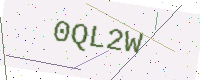
Text: 0QL2W